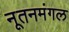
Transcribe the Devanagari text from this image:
नूतनमंगल